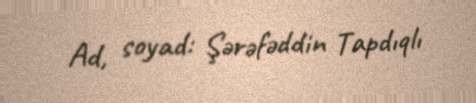
Ad, soyad: Şərəfəddin Tapdıqlı